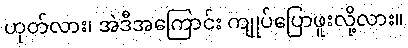
ဟုတ်လား၊ အဲဒီအကြောင်း ကျုပ်ပြောဖူးလို့လား။